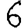
Digit: 6